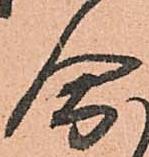
合